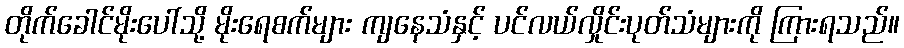
တိုက်ခေါင်မိုးပေါ်သို့ မိုးရေစက်များ ကျနေသံနှင့် ပင်လယ်လှိုင်းပုတ်သံများကို ကြားရသည်။